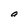
Character: a